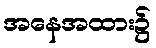
အနေအထား၌